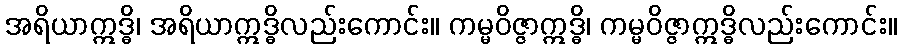
အရိယာဣဒ္ဓိ၊ အရိယာဣဒ္ဓိလည်းကောင်း။ ကမ္မဝိဇ္ဇာဣဒ္ဓိ၊ ကမ္မဝိဇ္ဇာဣဒ္ဓိလည်းကောင်း။